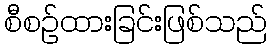
စီစဉ်ထားခြင်းဖြစ်သည်